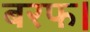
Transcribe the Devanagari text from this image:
बरफ।